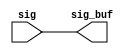
module iob_jbi_rptr_1 (
   sig_buf, 
   sig
   );
output	[135:0]	 sig_buf;
input	[135:0]	 sig;
assign	sig_buf = sig;
endmodule